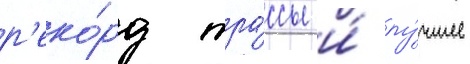
р'еко́рд тра́ссы и́ лу́чшее